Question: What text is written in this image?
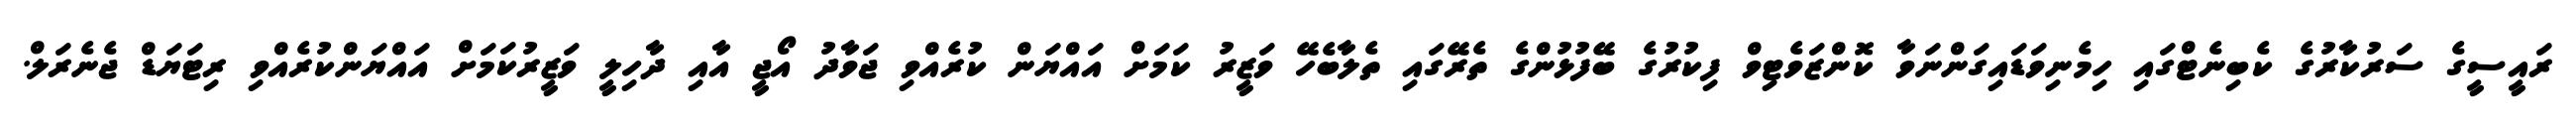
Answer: ރައީސީގެ ސަރުކާރުގެ ކެބިނެޓްގައި ހިމެނިވަޑައިގަންނަވާ ކޮންޒަވެޓިވް ފިކުރުގެ ބޭފުޅުންގެ ތެރޭގައި ތެލާބެހޭ ވަޒީރު ކަމަށް އައްޔަން ކުރެއްވި ޖަވާދު އޯޖީ އާއި ދާހިލީ ވަޒީރުކަމަށް އައްޔަންކުރެއްވި ރިޓަޔަޑް ޖެނެރަލް.